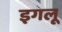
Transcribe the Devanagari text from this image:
इगलू